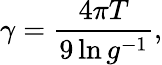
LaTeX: \gamma=\frac{4\pi T}{9\ln g^{-1}},